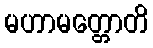
မဟာမတ္တောတိ